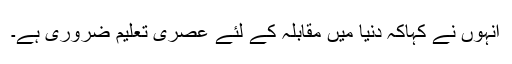
انہوں نے کہاکہ دنیا میں مقابلہ کے لئے عصری تعلیم ضروری ہے۔